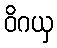
ဝိဂယှ